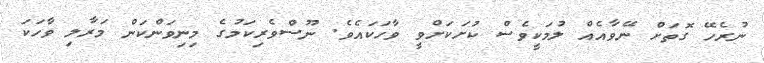
ނުރެހޭ ގޮތަށް ނޭވާއެއް ލުމަކީވެސް ކުށަކަށްވީ ވާހަކައެވެ. ނޫސްވެރިކަމުގެ މިނިވަންކަން މަރާލި ވާހަކަ